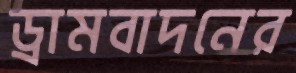
ড্রামবাদনের